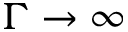
\Gamma \rightarrow \infty